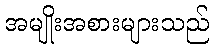
အမျိုးအစားများသည်